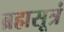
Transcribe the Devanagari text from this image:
ब्रह्मसूत्रं